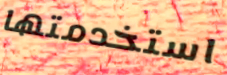
استخدمتها